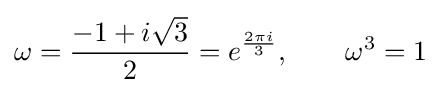
\omega ={\frac {-1+i{\sqrt {3}}}{2}}=e^{\frac {2\pi i}{3}},\qquad \omega ^{3}=1